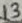
Text: 13